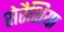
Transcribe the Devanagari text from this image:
सेरैशिया